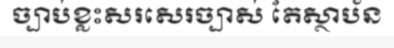
ច្បាប់ខ្លះសរសេរច្បាស់ តែស្ថាប័ន